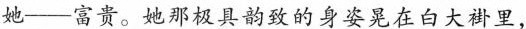
她——富贵。她那极具韵致的身姿晃在白大褂里，